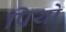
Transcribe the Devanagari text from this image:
प्रियो